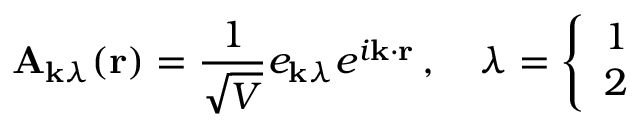
\mathbf { A } _ { \mathbf { k } \lambda } ( \mathbf { r } ) = { \frac { 1 } { \sqrt { V } } } e _ { \mathbf { k } \lambda } e ^ { i \mathbf { k } \cdot \mathbf { r } } \, , \quad \lambda = { \left\{ \begin{array} { l l } { 1 } \\ { 2 } \end{array} \right. }